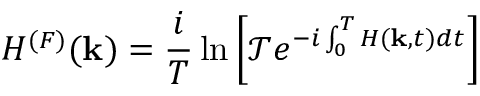
H ^ { ( F ) } ( { \bf k } ) = \frac { i } { T } \ln \left[ \mathcal { T } e ^ { - i \int _ { 0 } ^ { T } H ( { \bf k } , t ) d t } \right]